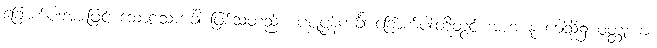
ခြောက်ပါးအားဖြင့် သောဠသကင်္ခါ ဖြစ်သတည်း။ ပစ္စုပ္ပန်ကင်္ခါ ခြောက်ပါးတို့တွင် အဟံ နု ခေါသ္မိ၌ ဝတ္ထုကား